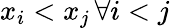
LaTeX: x_{i}<x_{j}\, \forall i<j